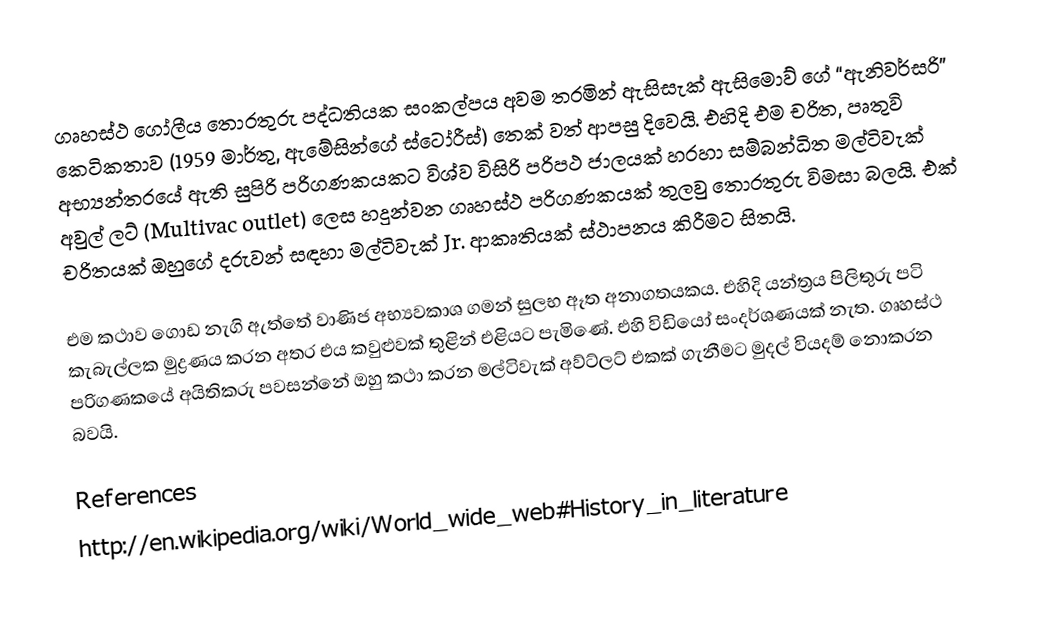
ගෘහස්ථ ගෝලීය තොරතුරු පද්ධතියක සංකල්පය අවම තරමින් ඇසිසැක් ඇසිමොව් ගේ “ඇනිවර්සරි” කෙ‍ටිකතාව (1959 මාර්තු, ඇමේසින්ගේ ස්ටෝරීස්) තෙක් වත් ආපසු දිවෙයි. එහිදි එම චරිත, පෘතුවි අභ්‍යන්තරයේ ඇති සුපිරි පරිගණකයකට විශ්ව විසිරි පරිපථ ජාලයක් හරහා සම්බන්ධිත මල්ටිවැක් අවුල් ලට් (Multivac outlet) ලෙස හදුන්වන ගෘහස්ථ පරිගණකයක් තුලවු තොරතුරු විමසා බලයි. එක් චරිතයක් ඔහුගේ දරුවන් සඳහා මල්ටිවැක් Jr. ආකෘතියක් ස්ථාපනය කිරීමට සිතයි.

එම කථාව ගොඩ නැගි ඇත්තේ වාණිජ අභ්‍යවකාශ ගමන් සුලභ ඈත අනාගතයකය. එහිදි යන්ත්‍රය පිලිතුරු පටි කැබැල්ලක මුද්‍රණය කරන අතර එය කවුළුවක් තුළින් එළියට පැමිණේ. එහි විඩියෝ සංදර්ශණයක් නැත. ගෘහස්ථ පරිගණකයේ අයිතිකරු පවසන්නේ ඔහු කථා කරන මල්ටිවැක් අව්ට්ලට් එකක් ගැනීමට මුදල් වියදම් නොකරන බවයි.

References
http://en.wikipedia.org/wiki/World_wide_web#History_in_literature